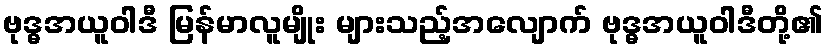
ဗုဒ္ဓအယူဝါဒီ မြန်မာလူမျိုး များသည့်အလျောက် ဗုဒ္ဓအယူဝါဒီတို့၏